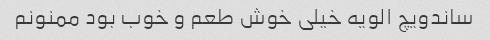
ساندویچ الویه خیلی خوش طعم و خوب بود ممنونم